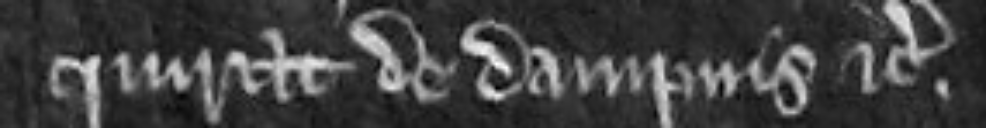
inquirat de dampnis etc.